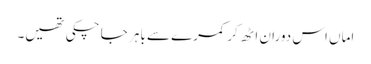
اماں اس دوران اٹھ کر کمرے سے باہر جا چکی تھیں۔